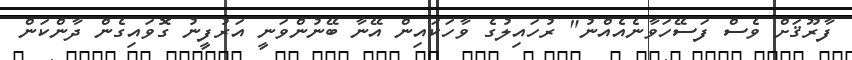
ފާރޫޤަށް ވެސް ފަސޭހަވާނެއެއްނު" ރުހައިލުގެ ވާހަކައިން އޭނާ ބޭނުންވަނީ އަރުފީނު ގޮވައިގެން ދާންކަން